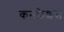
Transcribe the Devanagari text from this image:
कनफ़ेशंस